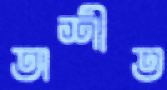
অশীত